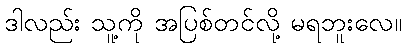
ဒါလည်း သူ့ကို အပြစ်တင်လို့ မရဘူးလေ။